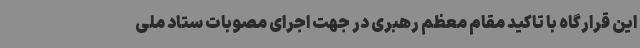
این قرارگاه با تاکید مقام معظم رهبری در جهت اجرای مصوبات ستاد ملی